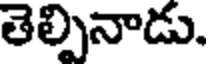
తెల్పినాడు.